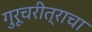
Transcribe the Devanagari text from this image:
गुरूचरीत्राचा